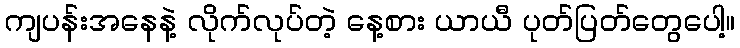
ကျပန်းအနေနဲ့ လိုက်လုပ်တဲ့ နေ့စား ယာယီ ပုတ်ပြတ်တွေပေါ့။